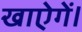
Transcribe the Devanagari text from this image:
खाऐगें।